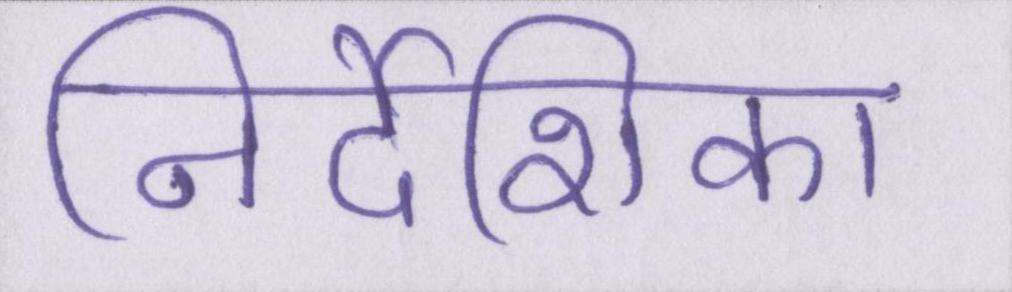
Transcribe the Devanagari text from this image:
निर्देशिका